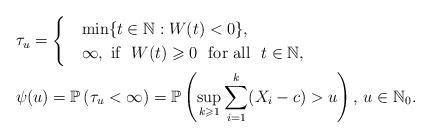
LaTeX: \begin{align*}&\tau_u=\begin{cases}&\min\{t\in\mathbb{N}: W(t)<0\},\\& \infty, \mbox{\ if\ }\ W(t)\geqslant 0 \ \mbox{\ for all\ }\ t\in\mathbb{N}, \end{cases}\\&\psi(u)=\mathbb{P}\left(\tau_{u}<\infty\right)=\mathbb{P}\left(\sup_{k\geqslant1}\sum_{i=1}^k(X_i-c)>u\right),\,u\in\mathbb{N}_0.\end{align*}